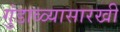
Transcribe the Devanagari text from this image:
गुंडाळ्यासारखी